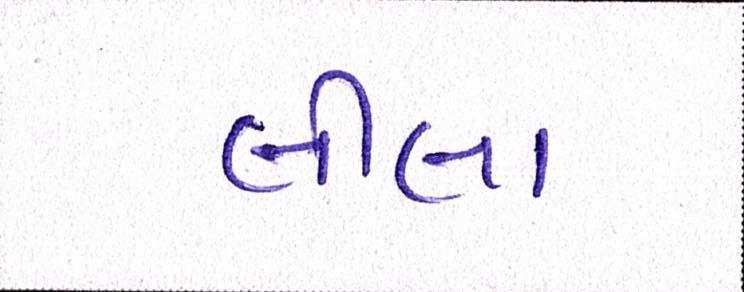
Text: લીલા